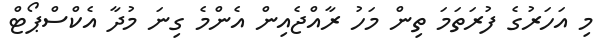
މި އަހަރުގެ ފުރަތަމަ ތިން މަހު ރާއްޖެއިން އެންމެ ގިނަ މުދާ އެކްސްޕޯޓް